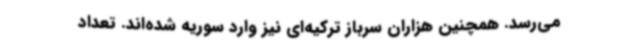
می‌رسد. همچنین هزاران سرباز ترکیه‌ای نیز وارد سوریه شده‌اند. تعداد